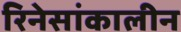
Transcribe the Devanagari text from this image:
रिनेसांकालीन